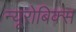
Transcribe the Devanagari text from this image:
न्यूरोबिक्स